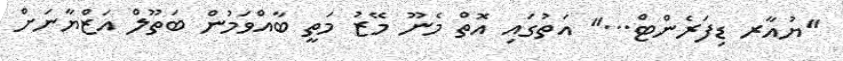
''ޔުއާރ ޑިފަރެންޓް...'' އަތުގައި އޮތް މެނޫ މޭޒު މަތީ ބާއްވަމުން ބަތޫލް އަޒްޔާނަށް